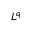
L ^ { q }